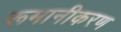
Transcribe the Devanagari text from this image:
रूमानीकरण